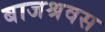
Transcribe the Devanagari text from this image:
बाजश्रवस